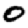
Digit: 0